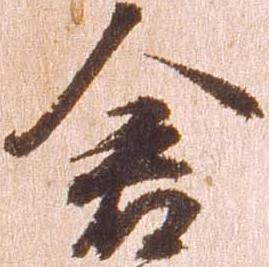
倉